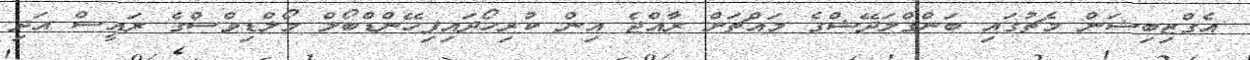
އެގްޒިބިޝަން މެޗުގައި ބަންގްލަދޭޝްގެ މައްޗަށް ރާއްޖެ އިން ކުރިހޯދައިފިހޭންޑްބޯލް މޯލްޑިވްސްގެ ރައީސް އަދި